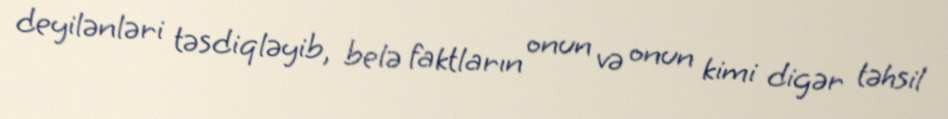
deyilənləri təsdiqləyib, belə faktların onun və onun kimi digər təhsil